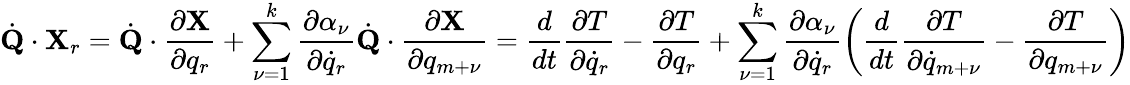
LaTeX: {\dot{\mathbf Q}}\cdot{\mathbf X}_{r}={\dot{\mathbf Q}}\cdot\frac{\partial{\mathbf X}}{\partial q_{r}}+\sum_{\nu=1}^{k}\frac{\partial\alpha_{\nu}}{\partial{\dot{q}}_{r}}{\dot{\mathbf Q}}\cdot\frac{\partial{\mathbf X}}{\partial q_{m+\nu}}=\frac{d}{dt}\frac{\partial T}{\partial{\dot{q}}_{r}}-\frac{\partial T}{\partial q_{r}}+\sum_{\nu=1}^{k}\frac{\partial\alpha_{\nu}}{\partial{\dot{q}}_{r}}\left(\frac{d}{dt}\frac{\partial T}{\partial{\dot{q}}_{m+\nu}}-\frac{\partial T}{\partial q_{m+\nu}}\right)